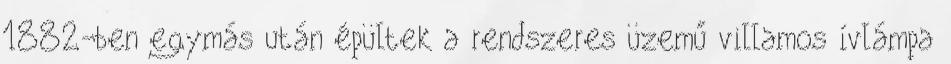
1882-ben egymás után épültek a rendszeres üzemű villamos ívlámpa